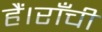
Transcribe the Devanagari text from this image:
हैं।राँची